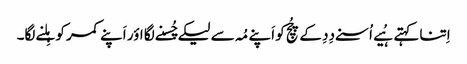
اِتنا کہتے ہُیے اُسنے دِدِ کے چُچِ کو اَپنے مُہ سے لیکے چُسنے لگا اؤر اَپنے کمر کو ہِلنے لگا۔